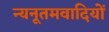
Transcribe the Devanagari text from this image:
न्यनूतमवादियों